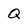
Character: Q